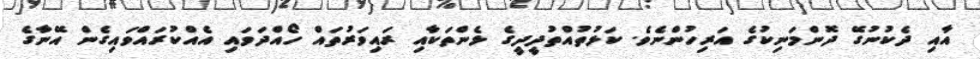
އާއި ދެކުނުގޭ ދޮންމަނިކުގެ އަރިހުންނެވެ. ކަޅުތުއްތުދީދީގެ ޅެންތަކާއި ރައިވަރުތައް ހޯއްދަވައި އެއްކުރައްވައިގެން އޭނާގެ